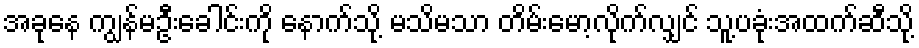
အခုနေ ကျွန်မဦးခေါင်းကို နောက်သို့ မသိမသာ တိမ်းမော့လိုက်လျှင် သူ့ပခုံးအထက်ဆီသို့